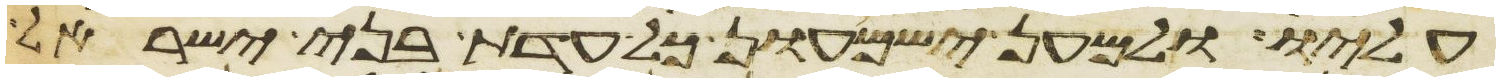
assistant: עליו ולמען ישמעון כל עדת בני ישראל